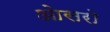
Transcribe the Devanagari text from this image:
ओसरो